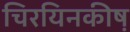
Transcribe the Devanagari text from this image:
चिरयिनकीष़